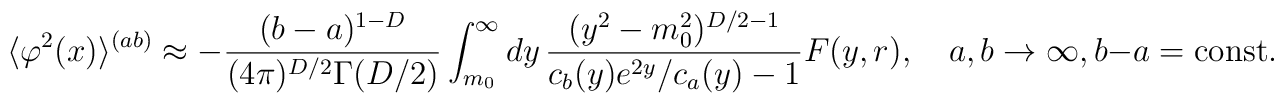
\langle \varphi ^{2}(x)\rangle ^{(ab)}\approx -  \frac{(b-a)^{1-D}}{(4\pi )^{D/2}\Gamma (D/2)}\int_{m_0}^{\infty }  dy\,  \frac{(y^2-m_0^2)^{D/2-1}}{c_b(y)e^{2y}/c_a(y)-1}  F(y,r) ,\quad  a,b\to \infty, b-a={\mathrm{const}}.